Lunatic asylums United Provinces 1909-1921 - 1909-1921
Year: 1909
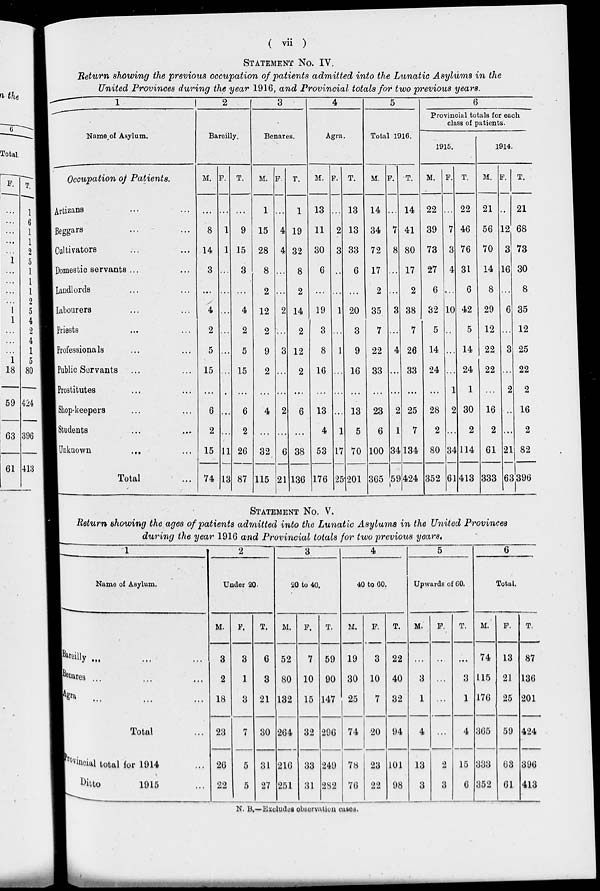
( vii )
STATEMENT No. IV.
Return showing the previous occupation of patients admitted into the Lunatic Asylums in the
United Provinces during the year 1916, and Provincial totals for two previous years.
1
Name of Asylum.
Occupation of Patients.
Artizans ... ...
Beggars … …
Cultivators … …
Domestic servants ... …
Landlords … …
Labourers … …
Priests ... ...
Professionals … …
Public Servants … …
Prostitutes … …
Shop-keepers … …
Students … …
Unknown … …
Total …
2
Bareilly.
M.
...
8
14
3
…
4
2
5
15
...
6
2
15
74
F.
…
1
1
…
...
...
…
...
…
…
…
…
11
13
T.
…
9
15
3
...
4
2
5
15
…
6
2
26
87
3
Benares.
M.
1
15
28
8
2
12
2
9
2
…
4
…
32
115
F.
...
4
4
…
...
2
…
3
…
…
2
...
6
21
T.
1
19
32
8
2
14
2
12
2
…
6
…
38
136
4
Agra.
M.
13
11
30
6
...
19
3
8
16
…
13
4
53
176
F.
…
2
3
…
…
1
…
1
…
…
...
1
17
25
T.
13
13
33
6
...
20
3
9
16
…
13
5
70
201
5
Total 1916.
M.
14
34
72
17
2
35
7
22
33
…
23
6
100
365
F.
…
7
8
...
...
3
...
4
...
...
2
1
34
53
T.
14
41
80
17
2
38
7
26
33
...
25
7
134
424
6
Provincial totals for each
class of patients.
1915.
M.
22
39
73
27
6
32
5
14
24
...
28
2
80
352
F.
…
7
3
4
…
10
…
...
…
1
2
...
34
61
T.
22
46
76
31
6
42
5
14
24
1
30
2
114
413
1914.
M.
21
56
70
14
8
29
12
22
22
…
16
2
61
333
F.
…
12
3
16
…
6
...
3
...
2
...
…
21
63
T.
21
68
73
30
8
35
12
25
22
2
16
2
82
396
STATEMENT No. V.
Return showing the ages of patients admitted into the Lunatic Asylums in the United Provinces
during the year 1916 and Provincial totals for two previous years.
1
Name of Asylum.
Bareilly ... ... ...
Benares
...
…
…
Agra … … …
Total …
Provinical total for 1914 …
Ditto
1915 …
2
Under 20.
M.
3
2
18
23
26
22
F.
3
1
3
7
5
5
T.
6
3
21
30
31
27
3
20 to 40.
M.
52
80
132
264
216
251
F.
7
10
15
32
33
31
T.
59
90
147
296
249
282
4
40 to 60.
M.
19
30
25
74
78
76
F.
3
10
7
20
23
22
T.
22
40
32
94
101
98
5
Upwards of 60.
M.
...
3
1
4
13
3
F.
…
...
…
...
2
3
T.
...
3
1
4
15
6
6
Total.
M.
74
115
176
365
333
352
F.
13
21
25
59
63
61
T.
87
136
201
424
396
413
N. B.—Excludes observation cases.